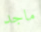
ماجد